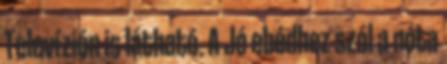
Televízión is látható. A Jó ebédhez szól a nóta